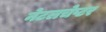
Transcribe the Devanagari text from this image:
नेटलचेप्टर